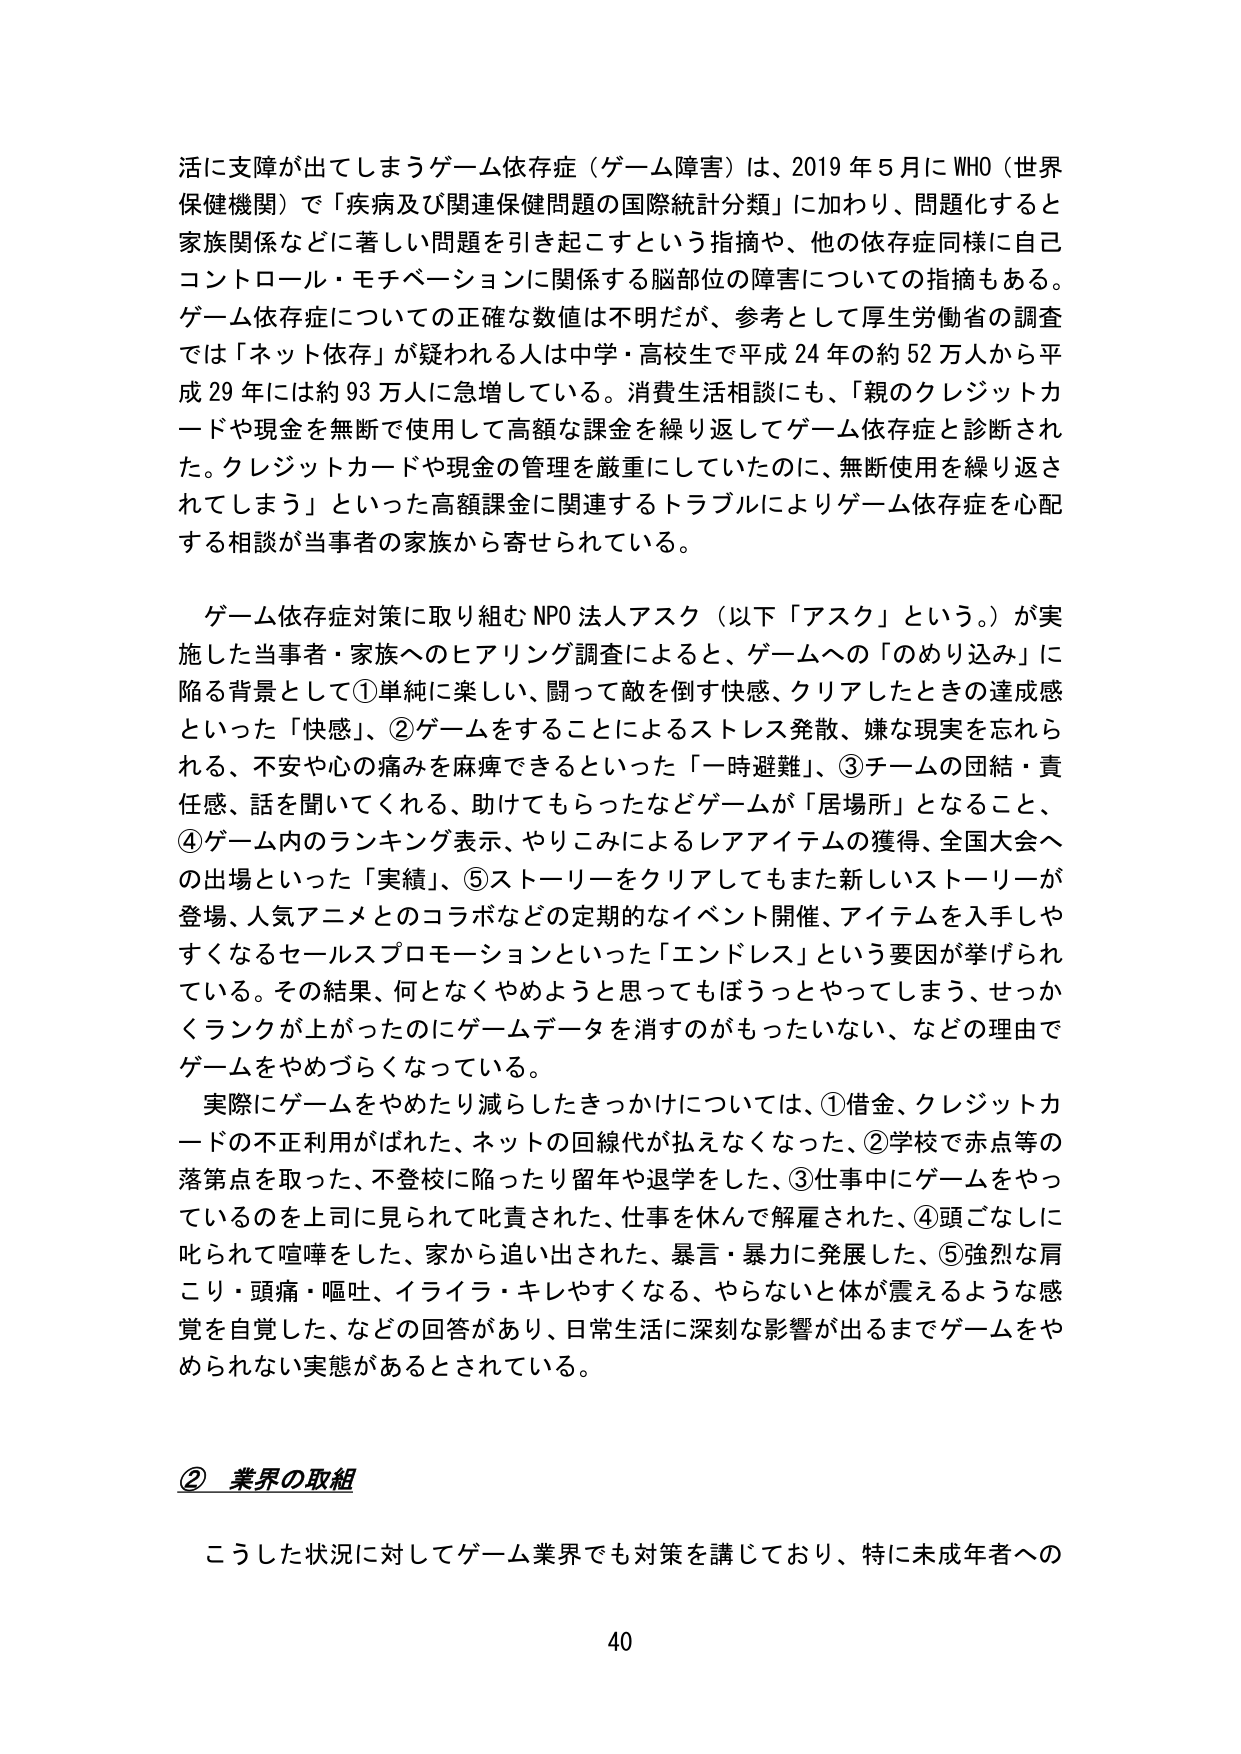
活に支障が出てしまうゲーム依存症（ゲーム障害）は、2019年5月にWHO（世界保健機関）で「疾病及び関連保健問題の国際統計分類」に加わり、問題化すると家族関係などに著しい問題を引き起こすという指摘や、他の依存症同様に自己コントロール・モチベーションに関係する脳部位の障害についての指摘もある。ゲーム依存症についての正確な数値は不明だが、参考として厚生労働省の調査では「ネット依存」が疑われる人は中学・高校生で平成24年の約52万人から平成29年には約93万人に急増している。消費生活相談にも、「親のクレジットカードや現金を無断で使用して高額な課金を繰り返してゲーム依存症と診断された。クレジットカードや現金の管理を厳重にしていたのに、無断使用を繰り返されてしまう」といった高額課金に関連するトラブルによりゲーム依存症を心配する相談が当事者の家族から寄せられている。

ゲーム依存症対策に取り組むNPO法人アスク（以下「アスク」という。）が実施した当事者・家族へのヒアリング調査によると、ゲームへの「のめり込み」に陥る背景として①単純に楽しい、闘って敵を倒す快感、クリアしたときの達成感といった「快感」、②ゲームをすることによるストレス発散、嫌な現実を忘れられる、不安や心の痛みを麻痺できるといった「一時避難」、③チームの団結・責任感、話を聞いてくれる、助けてもらったなどゲームが「居場所」となること、④ゲーム内のランキング表示、やりこみによるレアアイテムの獲得、全国大会への出場といった「実績」、⑤ストーリーをクリアしてもまた新しいストーリーが登場、人気アニメとのコラボなどの定期的なイベント開催、アイテムを入手しやすくなるセールスプロモーションといった「エンドレス」という要因が挙げられている。その結果、何となくやめようと思ってもぼうっとやってしまう、せっかくランクが上がったのにゲームデータを消すのがもったいない、などの理由でゲームをやめづらくなっている。

実際にゲームをやめたり減らしたきっかけについては、①借金、クレジットカードの不正利用がばれた、ネットの回線代が払えなくなった、②学校で赤点等の落第点を取った、不登校に陥ったり留年や退学をした、③仕事中にゲームをやっているのを上司に見られて叱責された、仕事を休んで解雇された、④頭ごなしに叱られて喧嘩をした、家から追い出された、暴言・暴力に発展した、⑤強烈な肩こり・頭痛・嘔吐、イライラ・キレやすくなる、やらないと体が震えるような感覚を自覚した、などの回答があり、日常生活に深刻な影響が出るまでゲームをやめられない実態があるとされている。

② 業界の取組

こうした状況に対してゲーム業界でも対策を講じており、特に未成年者への

40